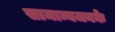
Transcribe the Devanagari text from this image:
सामान्यजनके